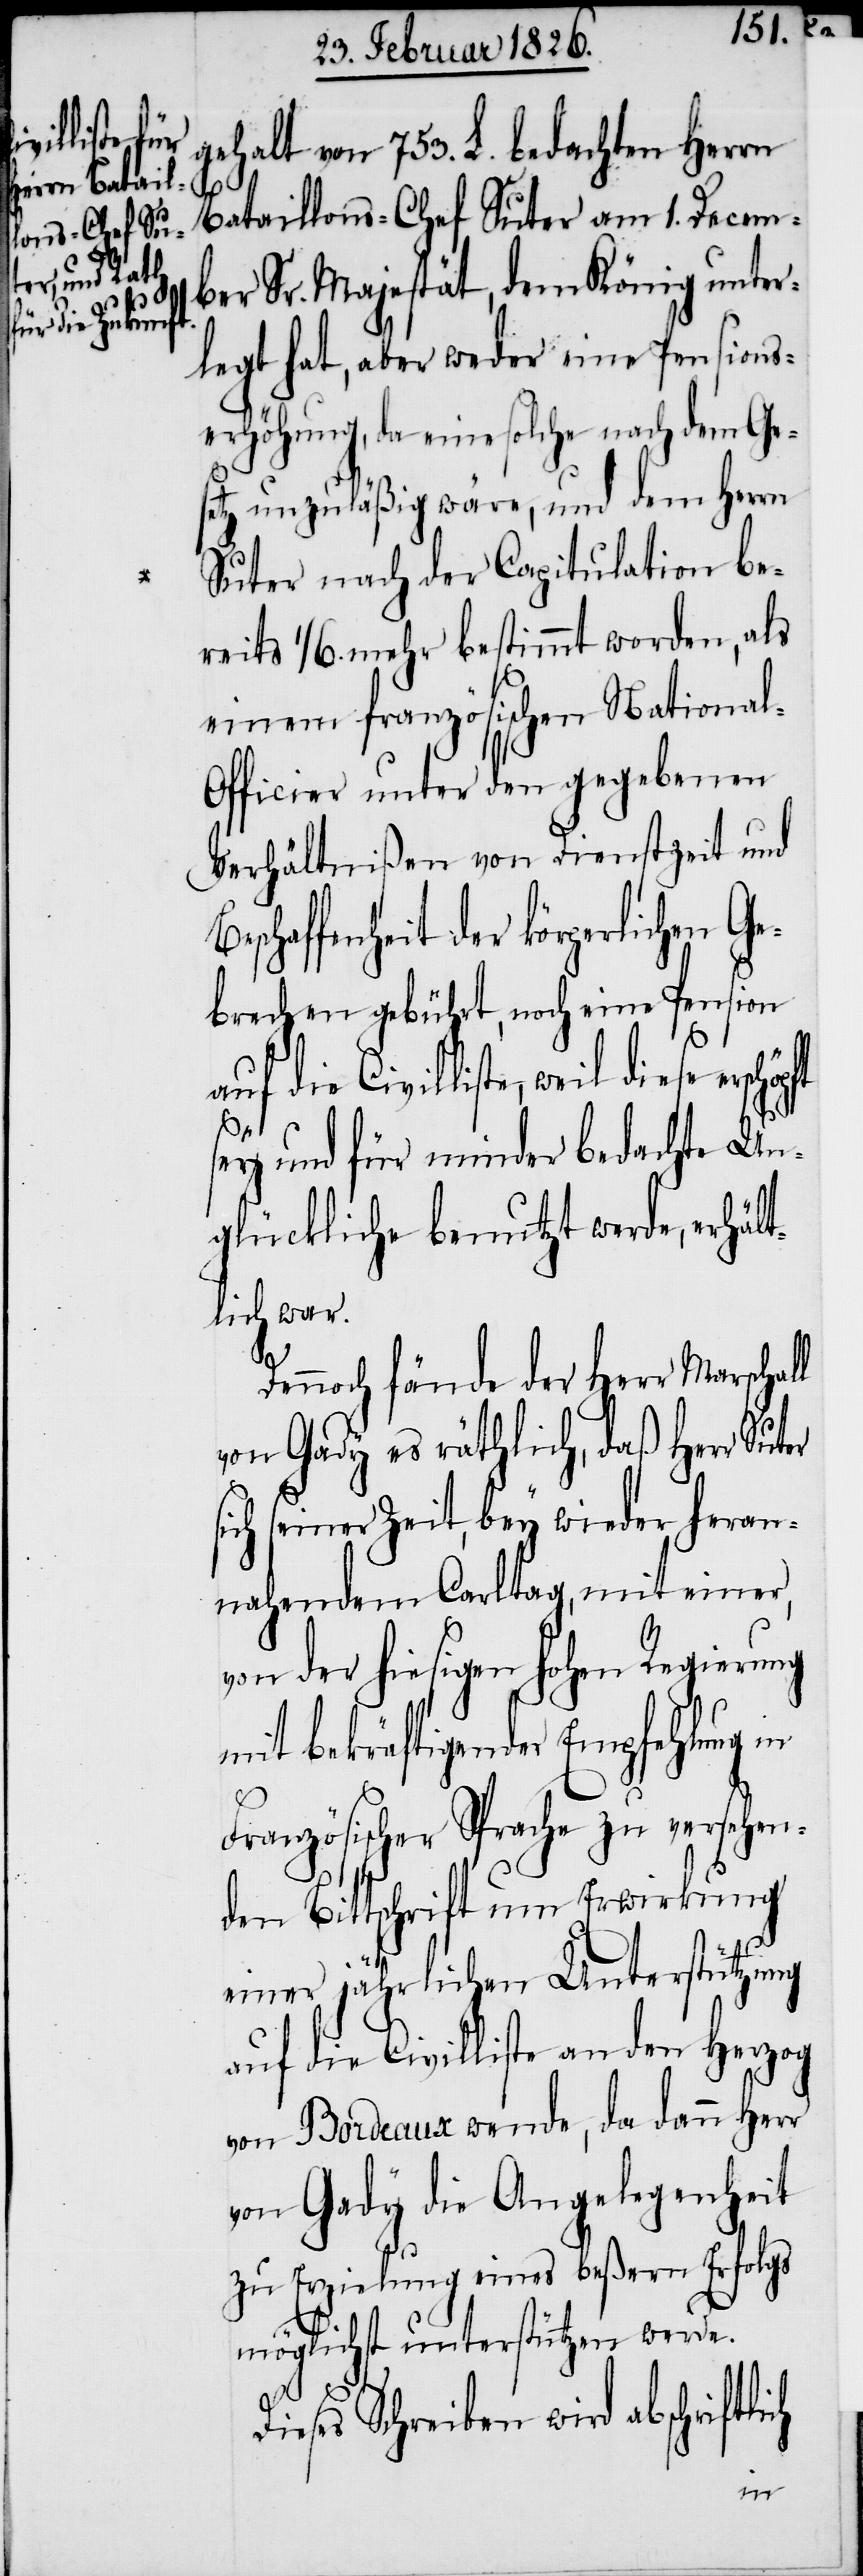
gehalt von 753. L. bedachten Herrn
Bataillons-Chef Suter am 1. Decem¬
ber Sr. Majestät, dem König unter¬
legt hat, aber weder eine Pensions¬
erhöhung, da eine solche nach dem Ges¬
etz unzuläßig wäre, und dem Herrn
Suter nach der Capitulation be¬
reits 1/6 mehr bestimmt worden, als
einem französischen National-O¬
fficier unter den gegebenen
Verhältnißen von Dienstzeit und
haffenheit der körperlichen G¬
ebrechen gebührt, noch eine Pension
auf die Civilliste, weil die¬
ch
sey und für minder bedachte Un¬
glückliche benutzt werde, erhält¬
lich war.
Dennoch fände der Herr Marschal¬
von Gady es räthlich, daß Herr Sut¬
sich seiner Zeit, bey wieder heran¬
nahendem Carltag, mit einer,
von der hiesigen hohen Regierung
mit bekräftigender Empfehlung in
Französischer Sprache zu versehen¬
den Bittschrift um Erwirkung
einer jährlichen Unterstützung
auf die Civilliste an den Herzog
von Bordeaux wende, da dann Herr
Gady die Angelegenheit
zu Erzielung eines beßern Erfolgs
möglichst unterstützen werde.
ieses Schreiben wird abschriftli¬